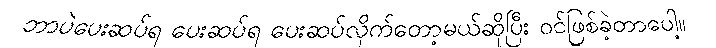
ဘာပဲပေးဆပ်ရ ပေးဆပ်ရ ပေးဆပ်လိုက်တော့မယ်ဆိုပြီး ဝင်ဖြစ်ခဲ့တာပေါ့။